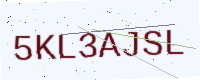
Text: 5KL3AJSL